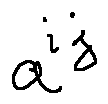
a ^ { i j }